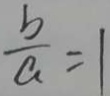
\frac { b } { a } = 1